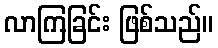
လာကြခြင်း ဖြစ်သည်။